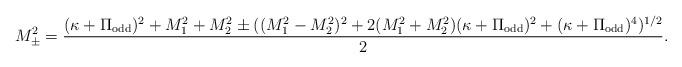
LaTeX: \begin{align*}M_{\pm}^2 = \frac{(\kappa + \Pi_{\rm odd})^2 + M_1^2 + M_2^2 \pm ((M_1^2-M_2^2)^2 + 2 (M_1^2 + M_2^2)(\kappa + \Pi_{\rm odd})^2 + (\kappa +\Pi_{\rm odd})^4)^{1/2}}{2}. \end{align*}